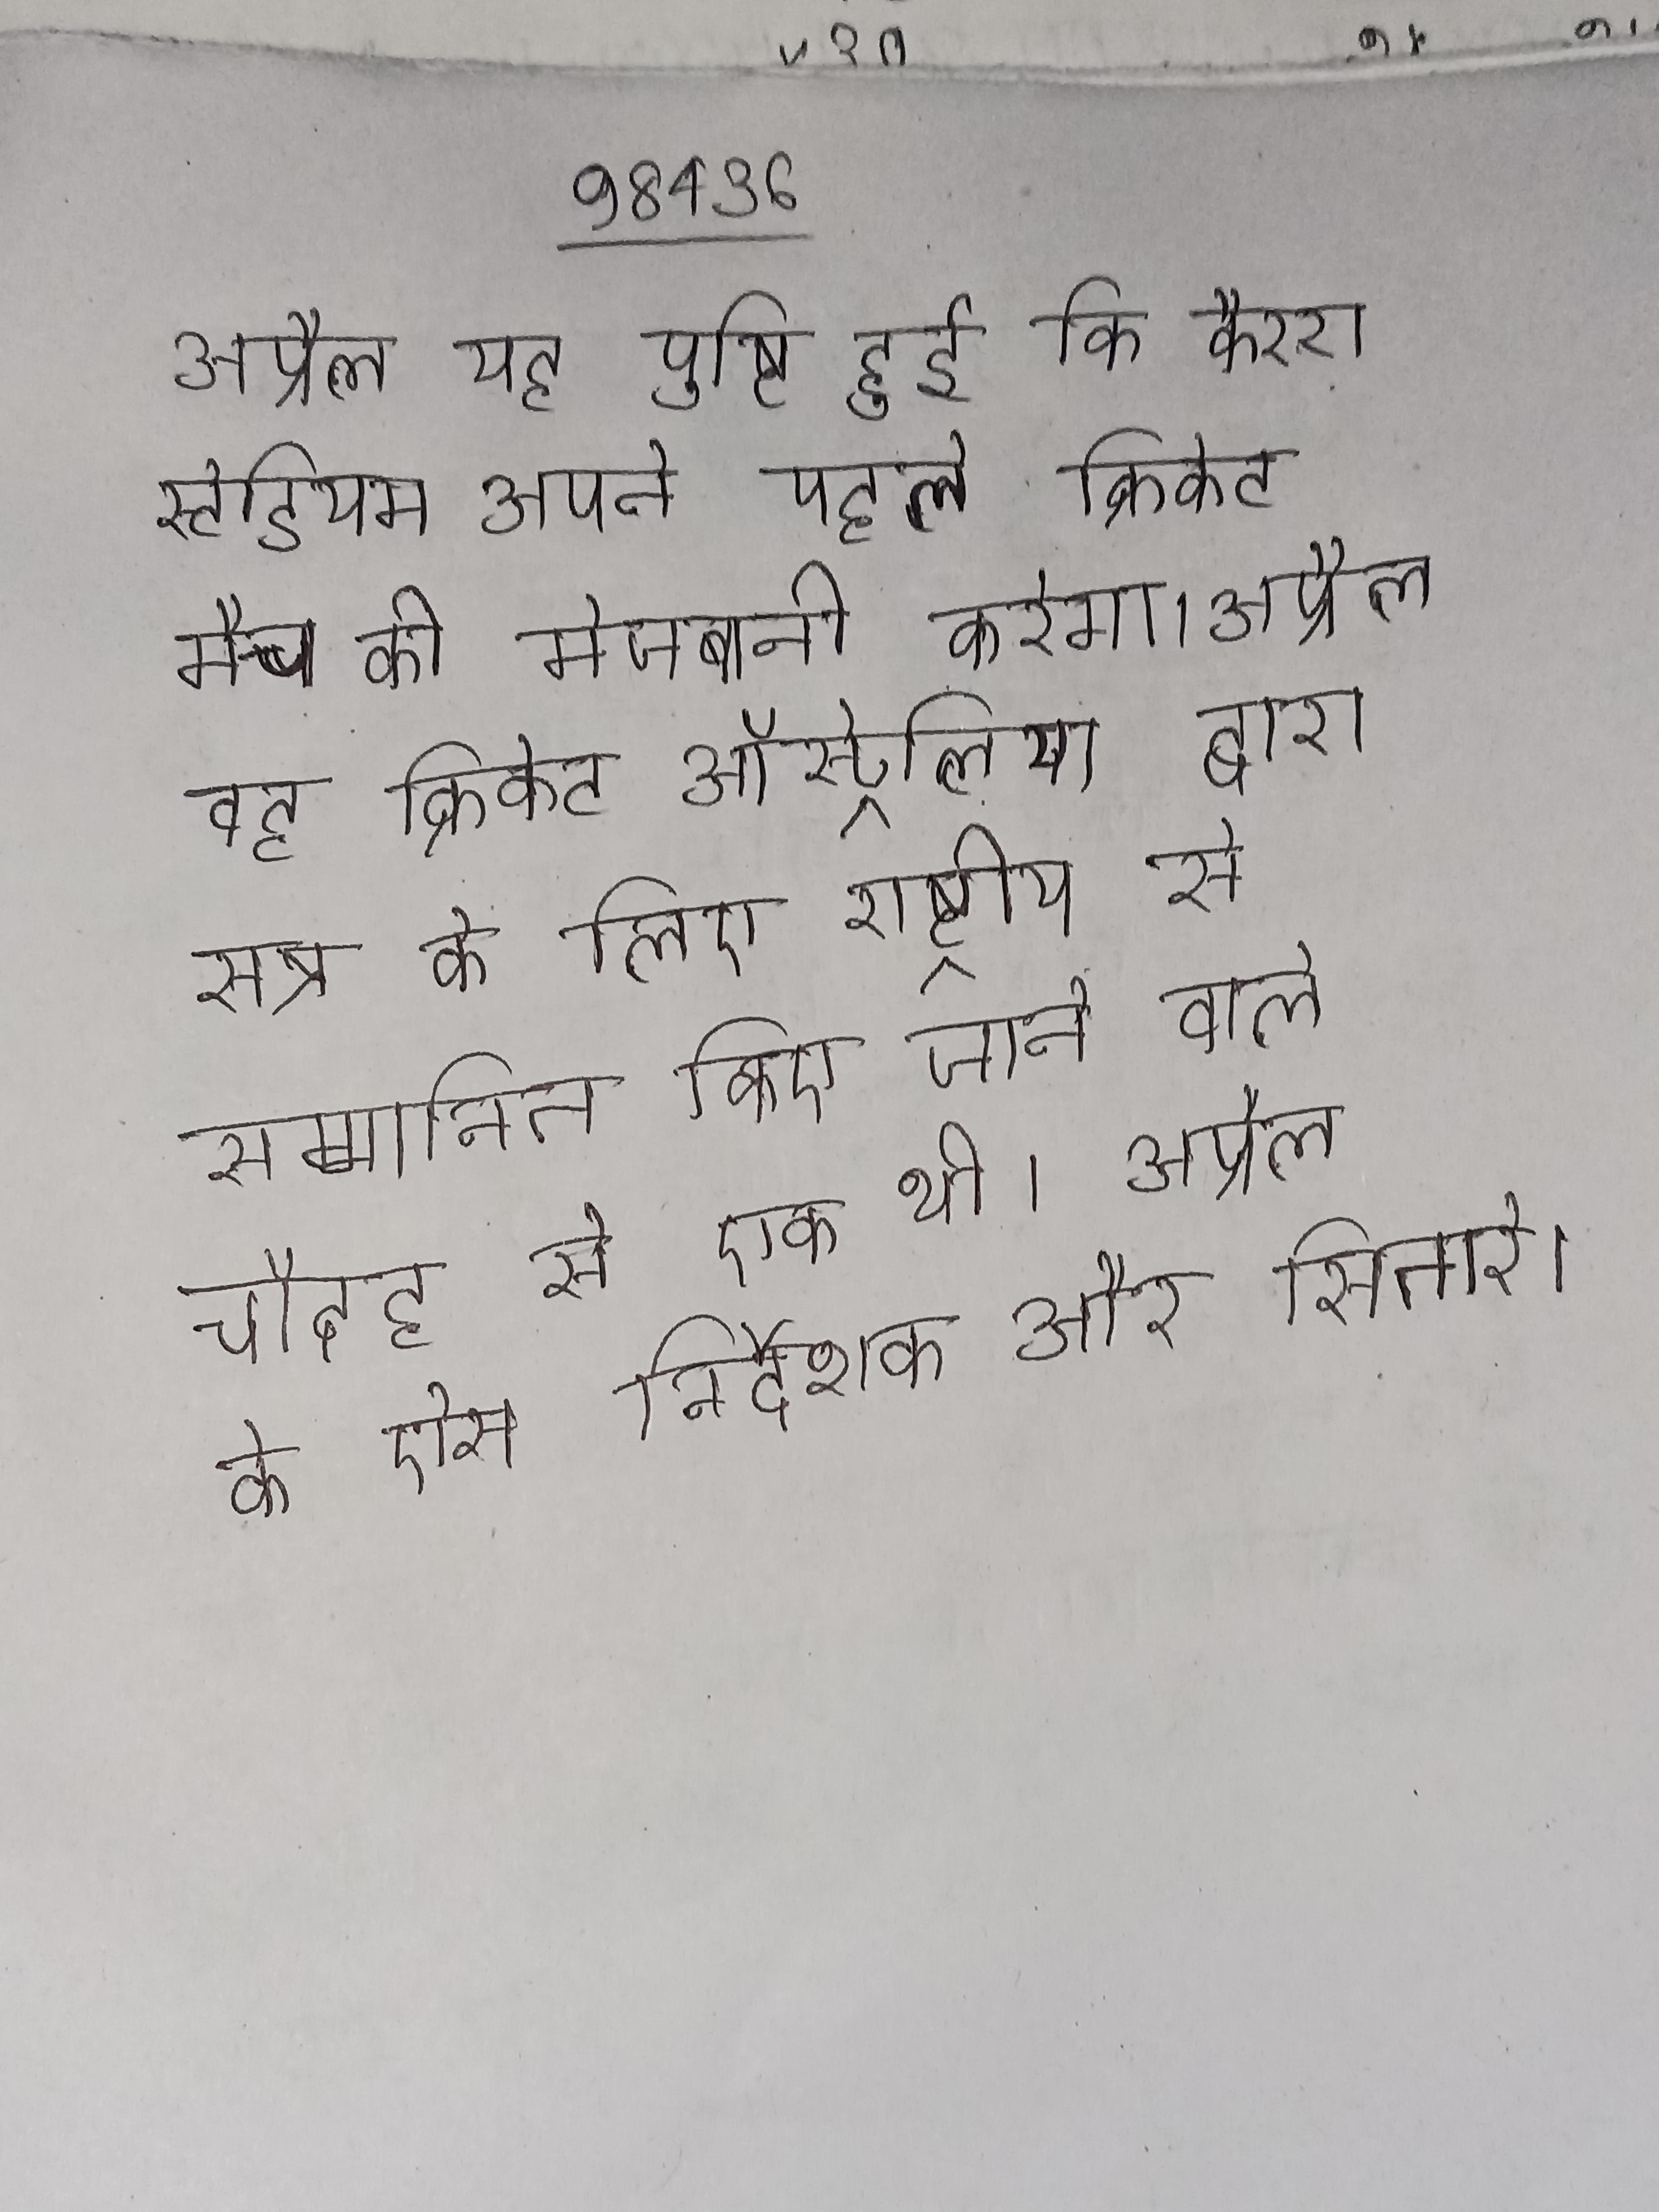
अप्रैल यह पुष्टि हुई कि कैररा स्टेडियम अपने पहले क्रिकेट मैच की मेजबानी करेगा । अप्रैल वह क्रिकेट ऑस्ट्रेलिया द्वारा सत्र के लिए राष्ट्रीय से सम्मानित किए जाने वाले चौदह से एक थी । अप्रैल के प्रेस निर्देशक और सितारे ।